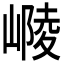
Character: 𡻴